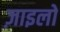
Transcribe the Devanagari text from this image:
ज़ाइलो